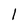
Character: 1